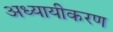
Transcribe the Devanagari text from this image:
अध्यायीकरण